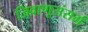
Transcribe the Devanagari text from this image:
जिवाणूसंसर्ग